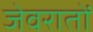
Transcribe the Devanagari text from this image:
जेवरातों